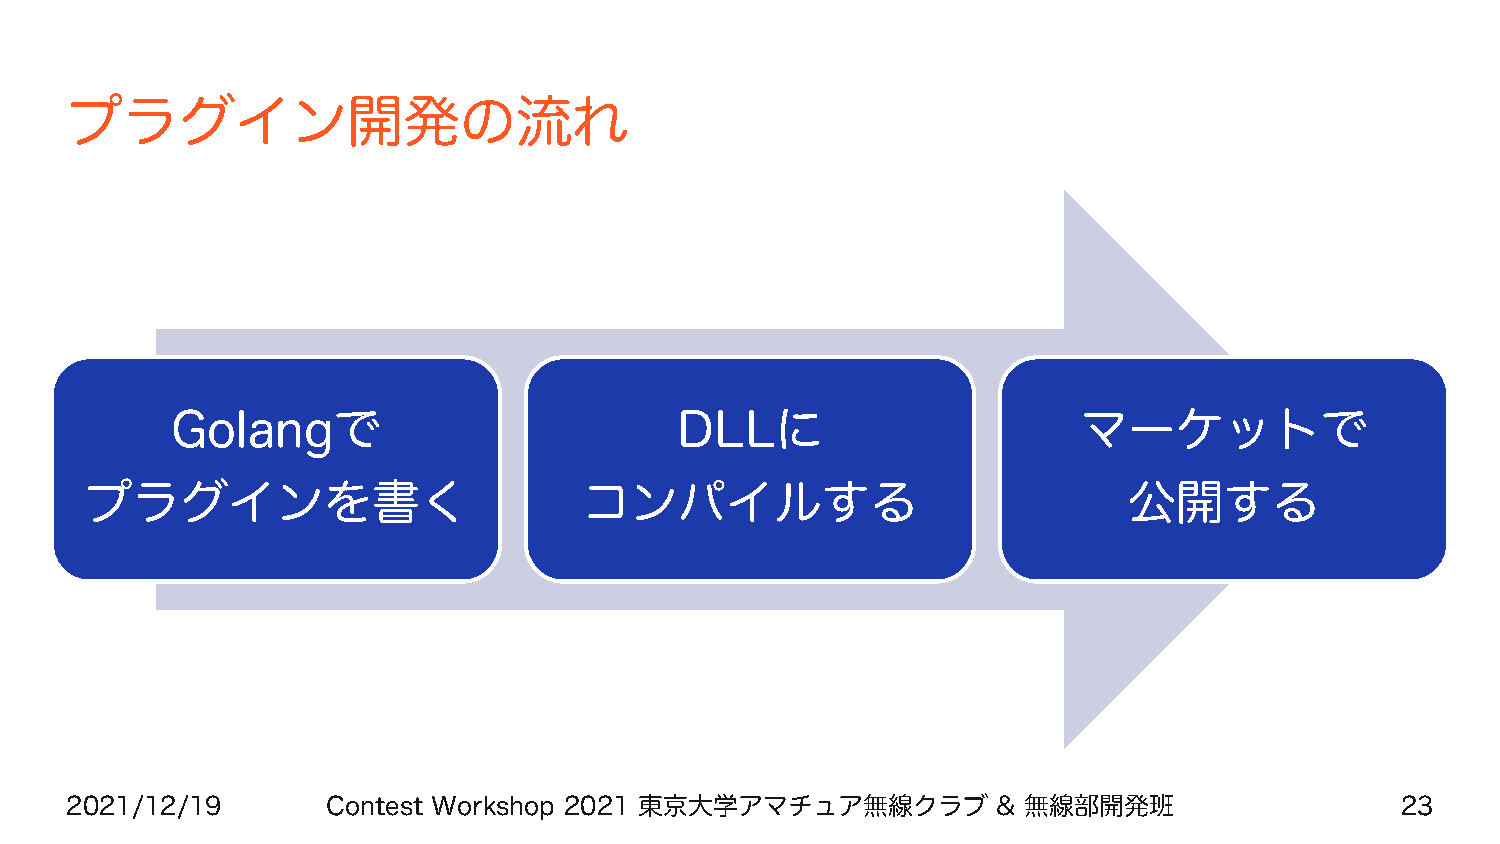
プラグイン開発の流れ
 Golangで                           DLLに                       マーケットで
 プラグインを書く                         コンパイルする                             公開する
 2021/12/19        Contest Workshop 2021 東京大学アマチュア無線クラブ        & 無線部開発班                   23